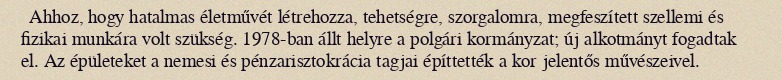
Ahhoz, hogy hatalmas életművét létrehozza, tehetségre, szorgalomra, megfeszített szellemi és fizikai munkára volt szükség. 1978-ban állt helyre a polgári kormányzat; új alkotmányt fogadtak el. Az épületeket a nemesi és pénzarisztokrácia tagjai építtették a kor jelentős művészeivel.